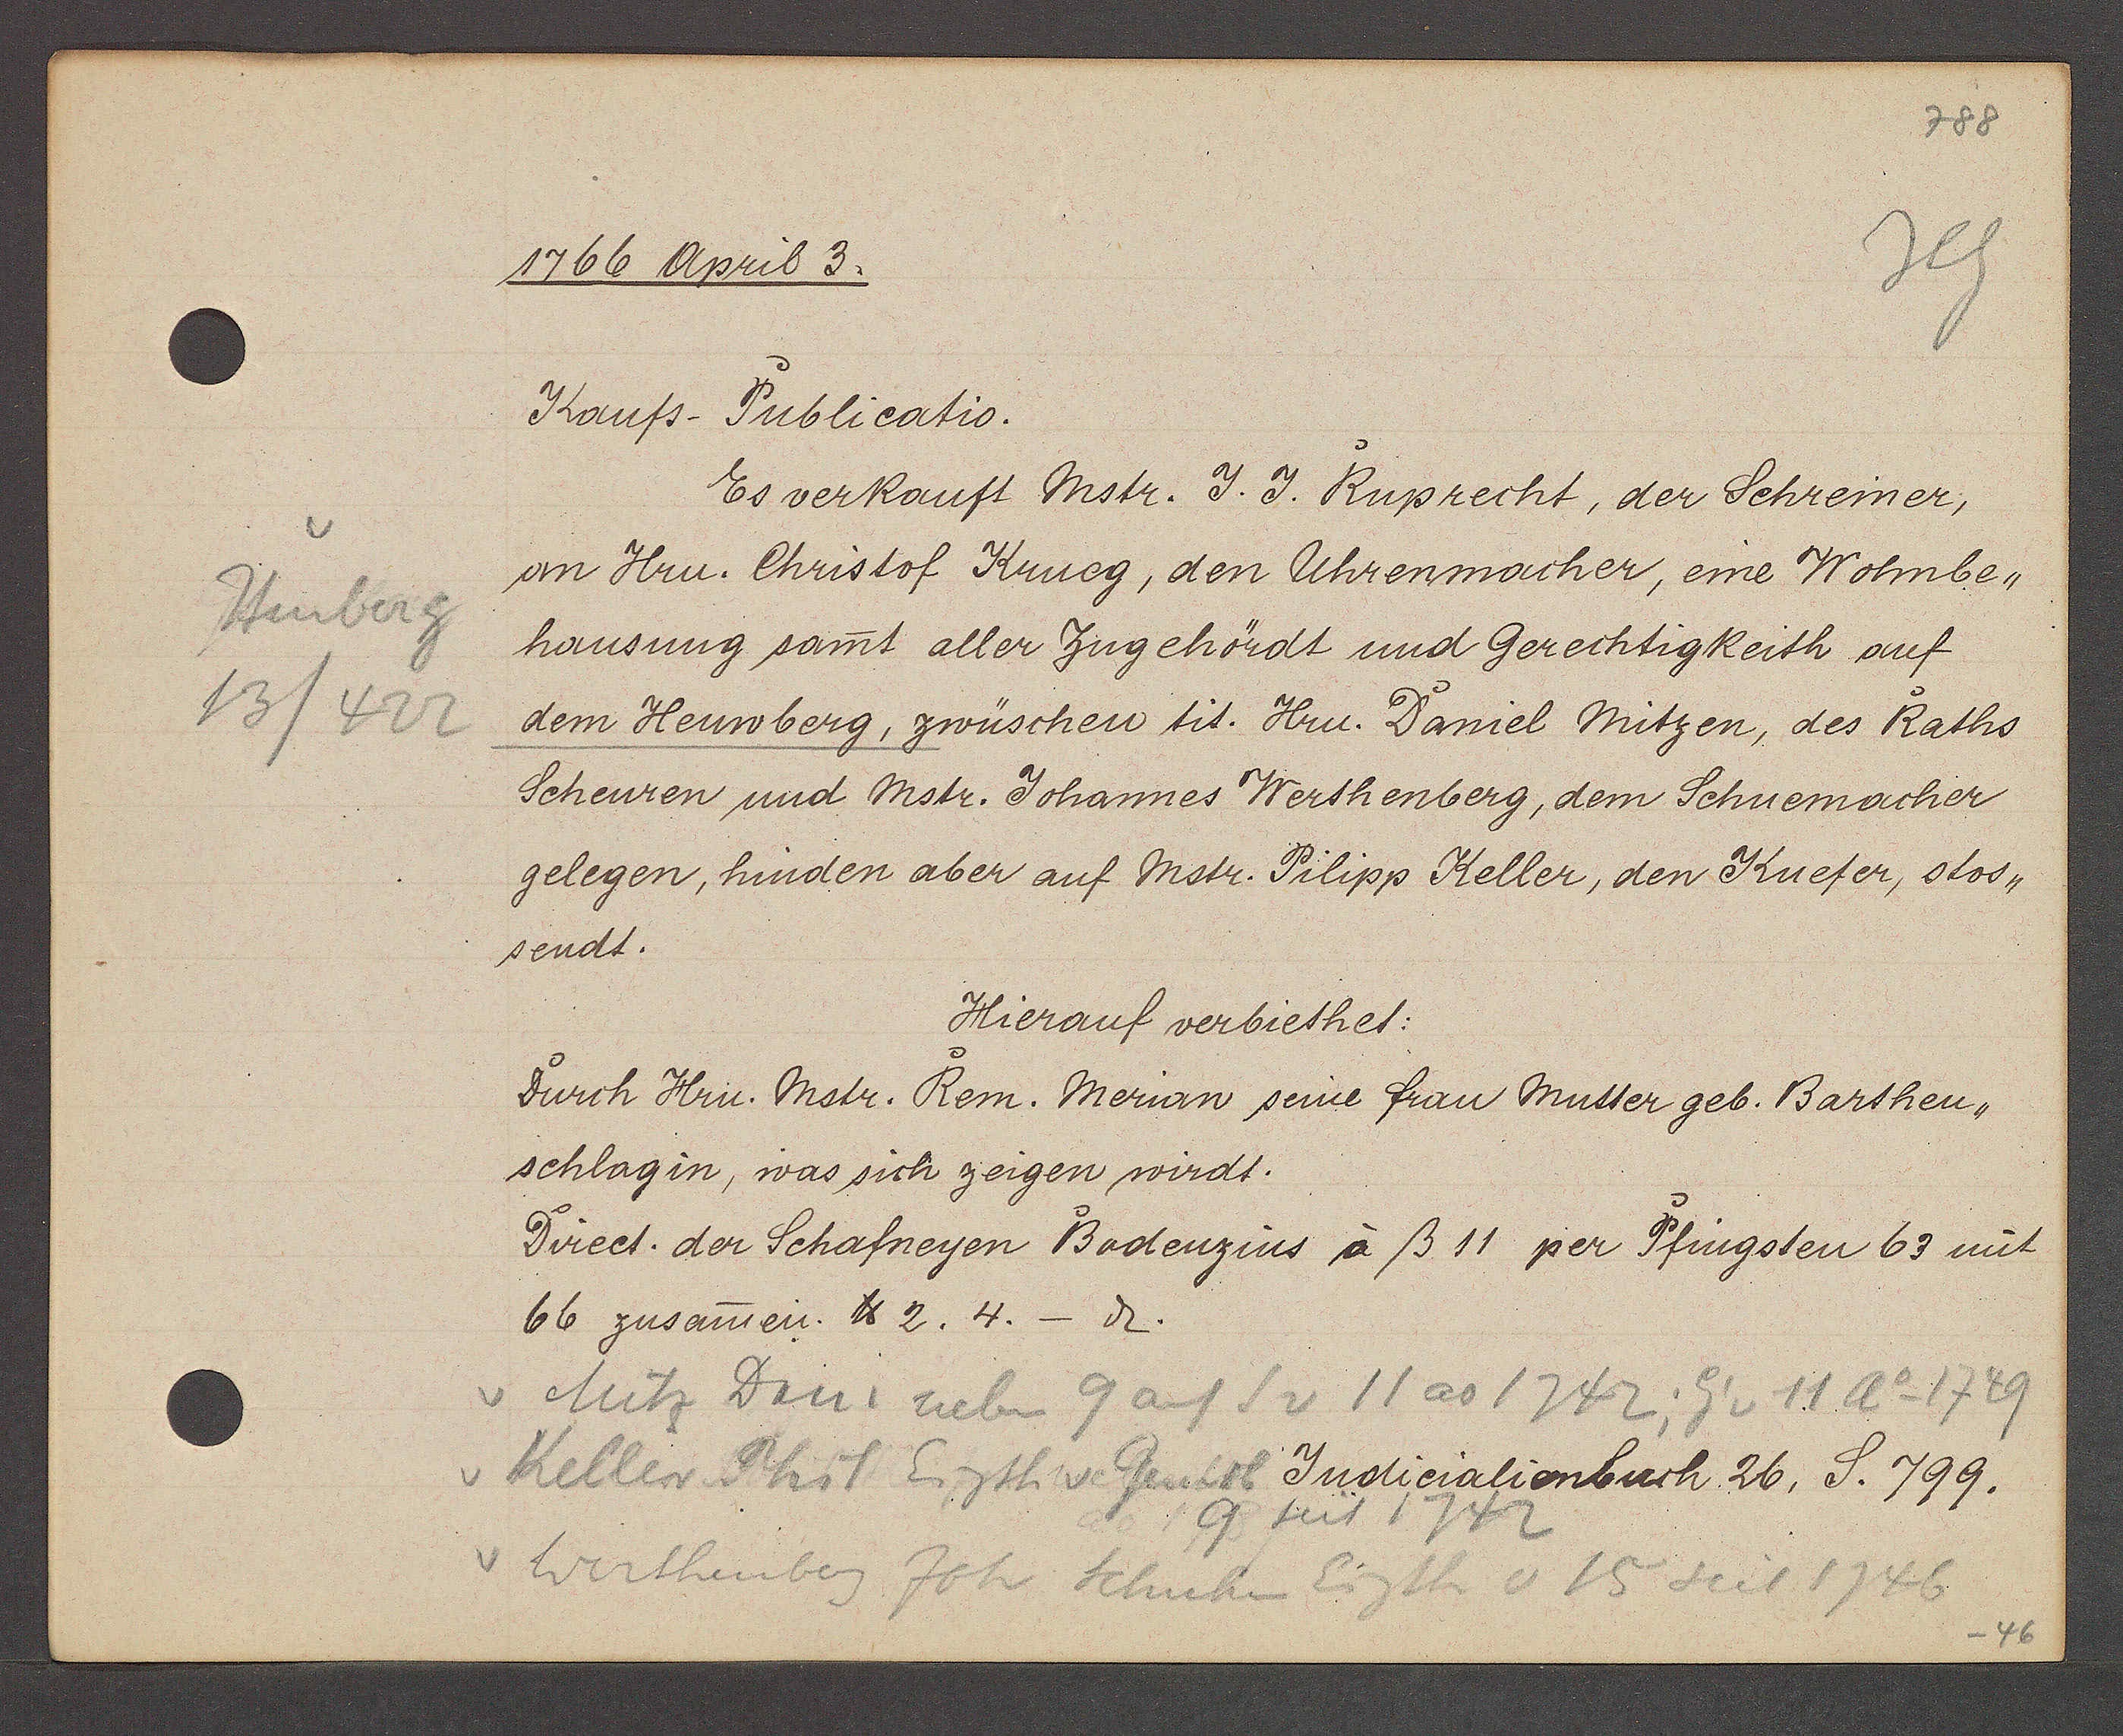
Transcript:
Heuberg
13/422

1766 April 3.

Kaufs-Publicatio.
Es verkauft Mstr. J. J. Ruprecht, der Schreiner,
om Hrn. Christof Krueg, den Uhrenmacher, eine Wohnbe¬
hausung samt aller Zugehördt und Gerechtigkeith auf
dem Heuwberg, zwüschen tit. Hrn. Daniel Mitzen, des Raths
Scheuren und Mstr. Johannes Werthenberg, dem Schuemacher
gelegen, hinden aber auf Mstr. Pilipp Keller, den Kuefer, stos¬
sendt.
Hierauf verbiethet:
Durch Hrn. Mstr. Rem. Merian seine frau Mutter geb. Barthen¬
schlagin, was sich zeigen wirdt.
Direct. der Schafneyen Bodenzins à ß 11 per Pfingsten 63 mit
66 zusamen. ℔ 2. 4. - ȡ.

v Mitz Dani. neben 9 auf S v 11 ao 1742, Eig v 11 Ao 1749
v Keller Phil Eigth v. Genith
9 seit 1742
v Werthenberg Joh Schuhm Eigth v 15 seit 1746

Judicialienbuch 26, S. 799.